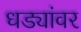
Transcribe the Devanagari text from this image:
धड्यांवर